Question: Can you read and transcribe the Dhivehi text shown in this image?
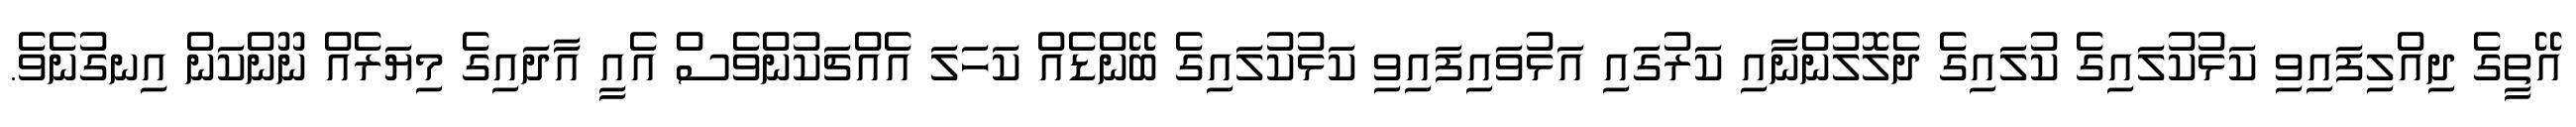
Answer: އޭތީގެ ދިއްލިފައިވި ކަޅުކުލައިގެ ކުލައިގެ ދެލޮލުންނާއި ކަރުގައި އަޅުވައިފައިވި ކަޅުކުލައިގެ ބޭންޑެއް ކަހަލަ އެއްޗަކުންވެސް އެއީ އާދައިގެ މިޔަރެއް ނޫންކަން އިނގުނެވެ.